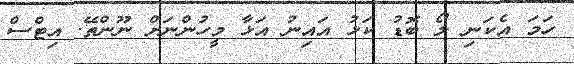
ހަމަ އެކަނި ލޯ ބޮޑު ކަޅު އައިނު އަޅާ މީހުންނަށް ނޫންތޭ. އިޓްސް